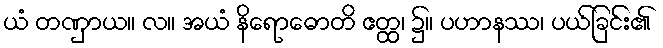
ယံ တဏှာယ။ လ။ အယံ နိရောဓောတိ ဧတ္ထ၊ ၌။ ပဟာနဿ၊ ပယ်ခြင်း၏